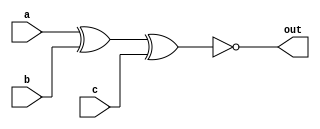
module xnor_gate(a,b,c,out);
    input a,b,c;
    output out;

    assign out = ~(a^b^c);
endmodule